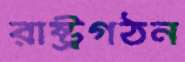
রাষ্ট্রগঠন